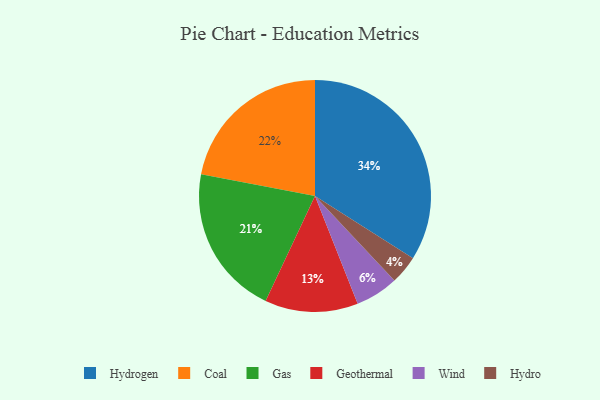
{"axis": {"x": "Category", "y": "Percentage"}, "legend": ["Coal", "Gas", "Geothermal", "Hydro", "Hydrogen", "Wind"], "data": [{"x": "Geothermal", "y": 13, "type": "Geothermal"}, {"x": "Wind", "y": 6, "type": "Wind"}, {"x": "Hydro", "y": 4, "type": "Hydro"}, {"x": "Coal", "y": 22, "type": "Coal"}, {"x": "Hydrogen", "y": 34, "type": "Hydrogen"}, {"x": "Gas", "y": 21, "type": "Gas"}]}